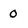
Character: 0